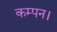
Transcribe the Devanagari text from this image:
कम्पन।